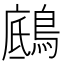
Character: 𪂑